Triennial report on the lunatic asylums in the province of Eastern Bengal and Assam - 1903-1911
Year: 1903
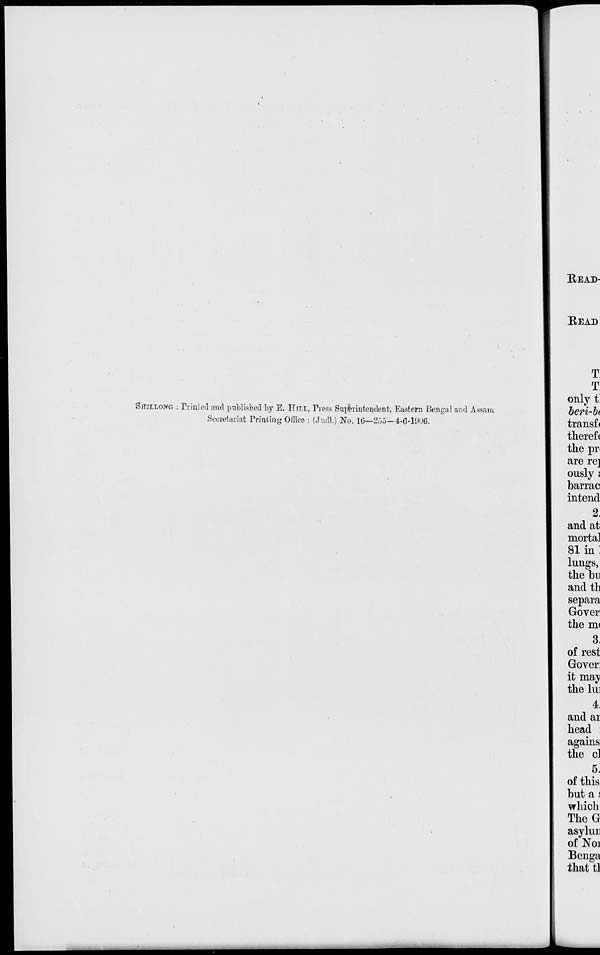
SHILLONG : Printed and published by E. HILL, Press Superintendent, Eastern Bengal and Assam
Secretariat Printing Office : (Judl.) No. 16—255-4-6-1906.